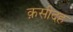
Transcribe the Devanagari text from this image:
क़सीदह